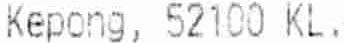
KEPONG, 52100 KL.